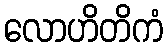
လောဟိတိကံ